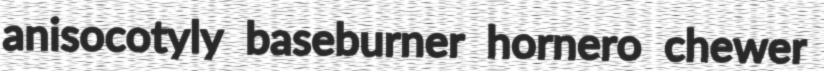
anisocotyly baseburner hornero chewer